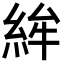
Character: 𥿵